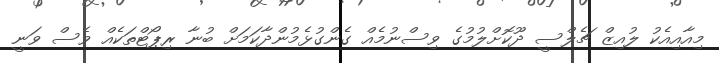
މިއާއިއެކު ލުއިޒް ޗެލްސީ ދޫކޮށްލުމުގެ ވިސްނުމެއް ގެންގުޅެމުންދާކަމަށް ބުނާ ރިޕޯޓްތަކެއް ވެސް ވަނީ